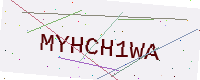
Text: MYHCH1WA